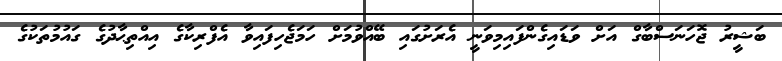
ބަޝީރު ޖޮހަނަސްބާގް އަށް ވަޑައިގެންފައިމިވަނީ އެރަށުގައި ބޭއްވުމަށް ހަމަޖެހިފައިވާ އެފްރިކާގެ އިއްތިޙާދުގެ ގައުމުތަކުގެ